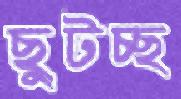
ছুটচ্ছ